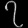
Digit: ၇